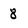
Character: 8